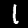
Label: 1